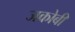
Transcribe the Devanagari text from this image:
जकोबी